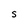
Character: S